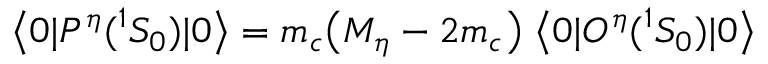
\big \langle 0 | { \cal P } ^ { \eta } ( { } ^ { 1 } S _ { 0 } ) | 0 \big \rangle = m _ { c } \big ( M _ { \eta } - 2 m _ { c } \big ) \; \big \langle 0 | { \cal O } ^ { \eta } ( { } ^ { 1 } S _ { 0 } ) | 0 \big \rangle